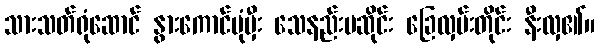
သားသတ်ရုံဆောင် နွားကောင်ပုံမှီး သေနည်းမဆိုင်း ခြေလှမ်းတိုင်း နီးလှ၏။